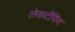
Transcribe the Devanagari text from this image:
लेकटॅपिंग